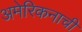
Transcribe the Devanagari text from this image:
अमेरिकनाची